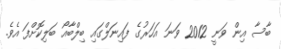
ބާސާ އިން ވަނީ 2012 ވަނަ އަހަރުގެ ފައިނަލްގައި ބިލްބާއޯ ބަލިކޮށްފަ އެވެ.